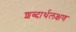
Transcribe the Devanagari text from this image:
शब्दार्थलक्षण